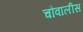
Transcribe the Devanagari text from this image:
चौवालीस